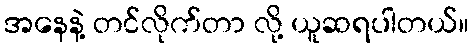
အနေနဲ့ တင်လိုက်တာ လို့ ယူဆရပါတယ်။